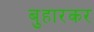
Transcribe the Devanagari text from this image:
बुहारकर